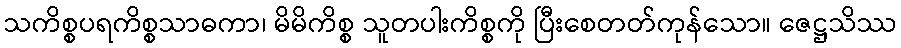
သကိစ္စပရကိစ္စသာဓကာ၊ မိမိကိစ္စ သူတပါးကိစ္စကို ပြီးစေတတ်ကုန်သော။ ဇေဋ္ဌသိဿ